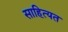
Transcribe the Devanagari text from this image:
साहित्यत